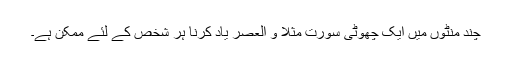
چند منٹوں میں ایک چھوٹی سورت مثلاً و العصر یاد کرنا ہر شخص کے لئے ممکن ہے۔